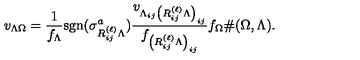
v _ { \Lambda \Omega } = \frac { 1 } { f _ { \Lambda } } \mathrm { { s g n } } ( \sigma _ { R _ { i j } ^ { ( \ell ) } \Lambda } ^ { a } ) \frac { v _ { \Lambda _ { i j } \left( R _ { i j } ^ { ( \ell ) } \Lambda \right) _ { i j } } } { f _ { \left( R _ { i j } ^ { ( \ell ) } \Lambda \right) _ { i j } } } f _ { \Omega } \# ( \Omega , \Lambda ) .